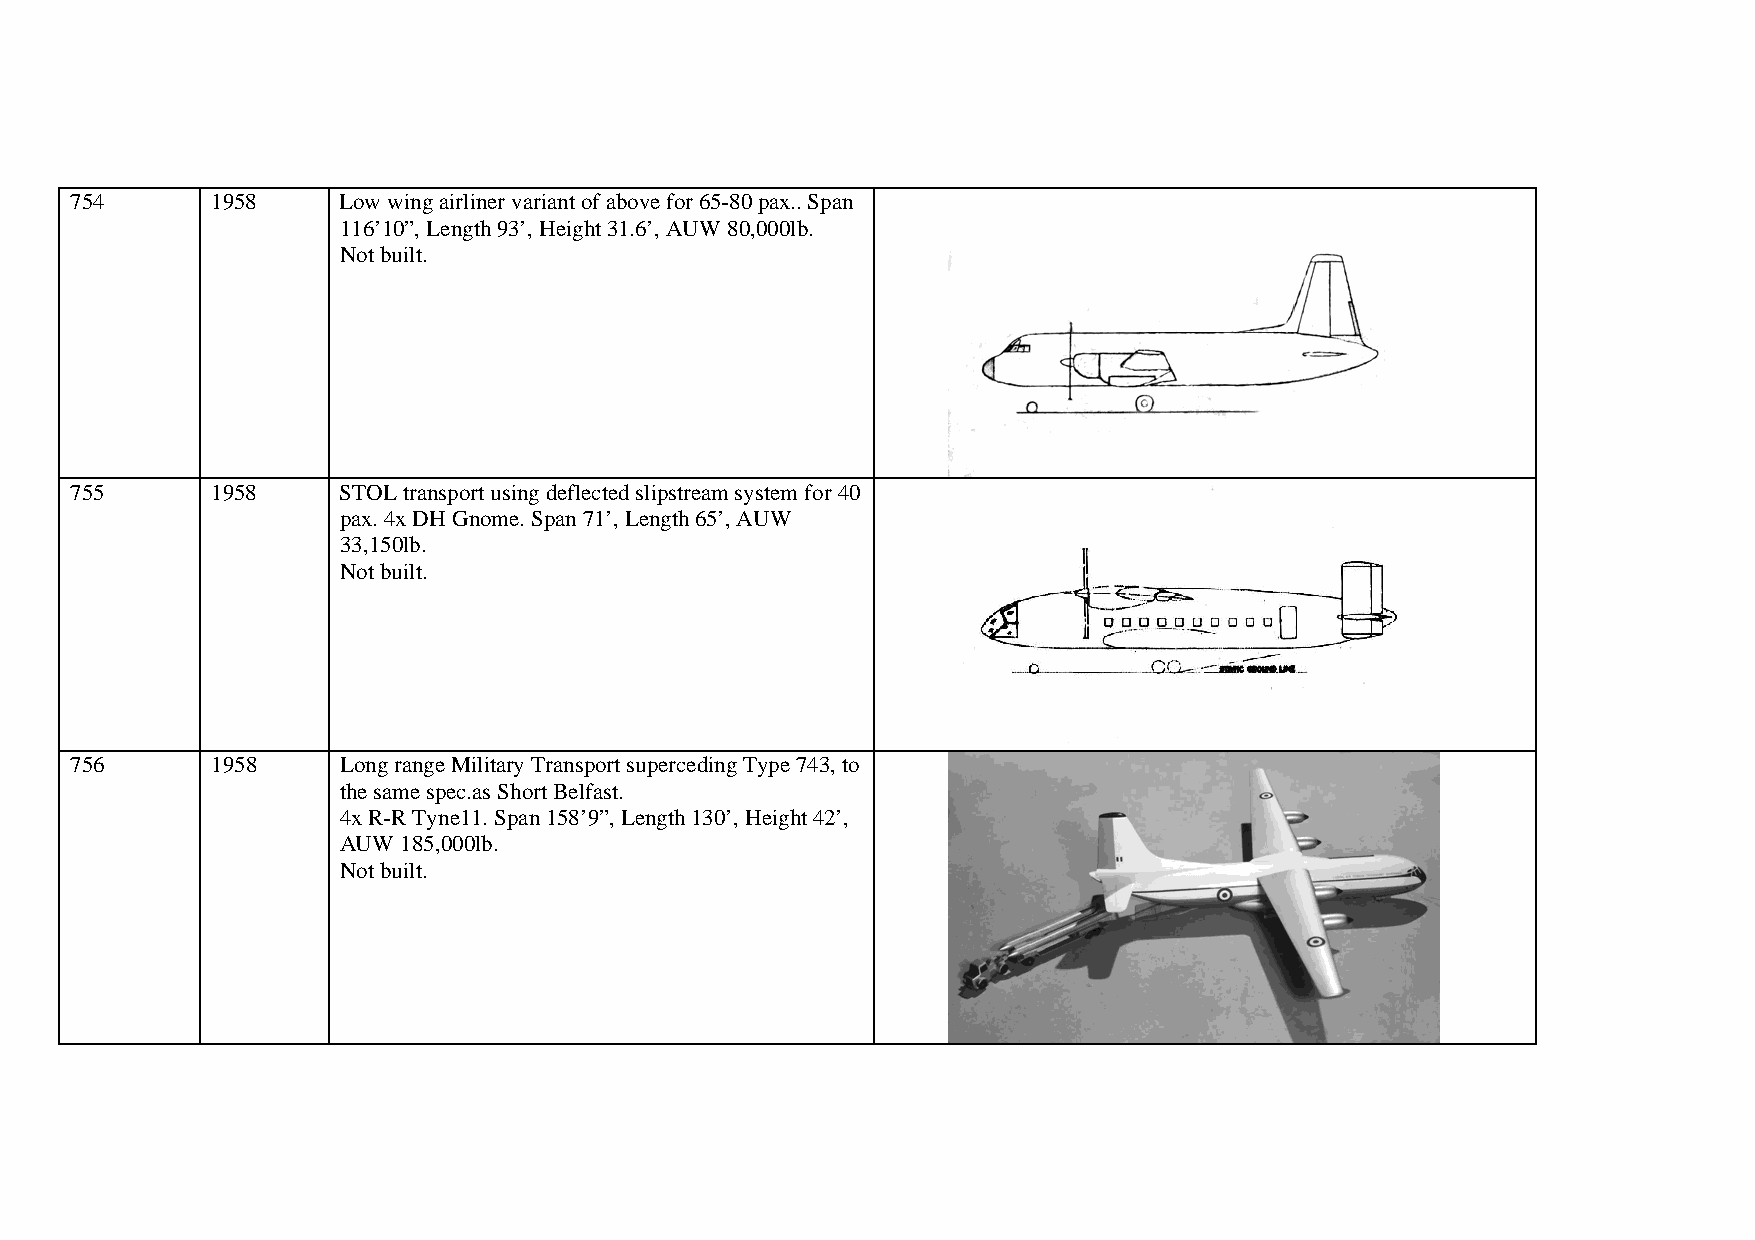
754      1958    Low wing airliner variant of above for 65-80 pax.. Span
 116’10”, Length 93’, Height 31.6’, AUW 80,000lb.
 Not built.
 755      1958    STOL transport using deflected slipstream system for 40
 pax. 4x DH Gnome. Span 71’, Length 65’, AUW
 33,150lb.
 Not built.
 756      1958    Long range Military Transport superceding Type 743, to
 the same spec.as Short Belfast.
 4x R-R Tyne11. Span 158’9”, Length 130’, Height 42’,
 AUW 185,000lb.
 Not built.